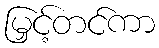
မြှင့်တင်ကာ